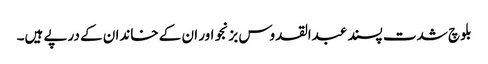
بلوچ شدت پسند عبدالقدوس بزنجو اور ان کے خاندان کے درپے ہیں۔